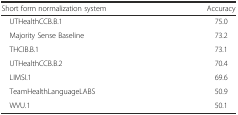
<table><thead><tr><td><b>Short form normalization system</b></td><td><b>Accuracy</b></td></tr></thead><tbody><tr><td> UTHealthCCB.B.1</td><td>75.0</td></tr><tr><td> Majority Sense Baseline</td><td>73.2</td></tr><tr><td> THCIB.B.1</td><td>73.1</td></tr><tr><td> UTHealthCCB.B.2</td><td>70.4</td></tr><tr><td> LIMSI.1</td><td>69.6</td></tr><tr><td> TeamHealthLanguageLABS</td><td>50.9</td></tr><tr><td> WVU.1</td><td>50.1</td></tr></tbody></table>